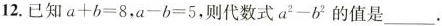
12.已知$$a+b=8$$，$$a-b=5$$，则代数式$$a^{2}-b^{2}$$的值是___.